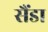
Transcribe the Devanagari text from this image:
सैंडा